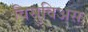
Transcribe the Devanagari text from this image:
विसुविअस